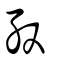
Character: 殷